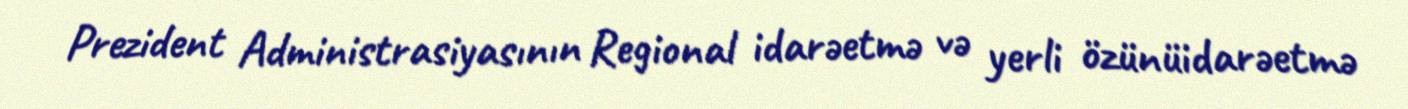
Prezident Administrasiyasının Regional idarəetmə və yerli özünüidarəetmə